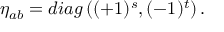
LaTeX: \eta _ { a b } = d i a g \left( ( + 1 ) ^ { s } , ( - 1 ) ^ { t } \right) .